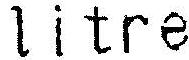
LITRE